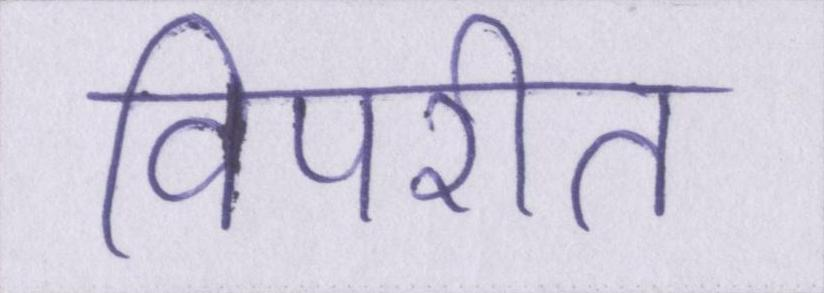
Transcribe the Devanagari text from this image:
विपरीत